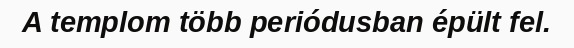
A templom több periódusban épült fel.